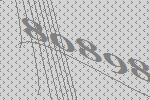
80898